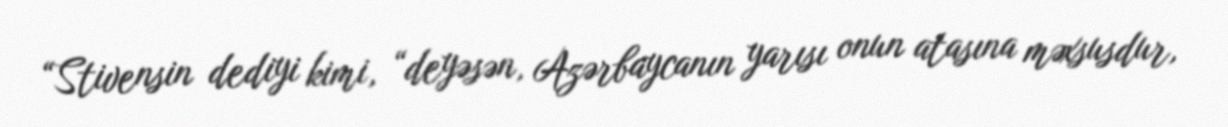
“Stivensin dediyi kimi, “deyəsən, Azərbaycanın yarısı onun atasına məxsusdur,